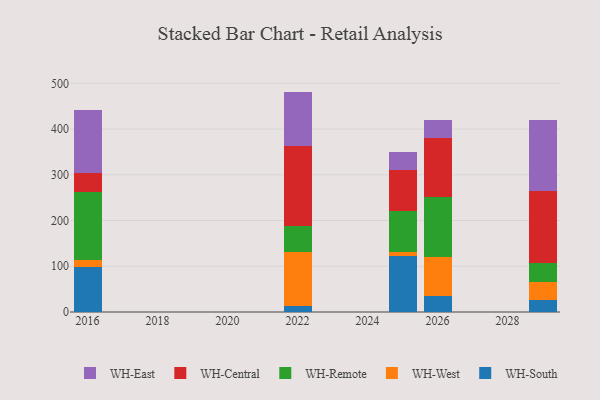
{"axis": {"x": "Year", "y": "Market Share (%)"}, "legend": ["WH-Central", "WH-East", "WH-Remote", "WH-South", "WH-West"], "data": [{"x": "2022", "y": 12.4, "type": "WH-South"}, {"x": "2022", "y": 117.9, "type": "WH-West"}, {"x": "2022", "y": 56.8, "type": "WH-Remote"}, {"x": "2022", "y": 176.0, "type": "WH-Central"}, {"x": "2022", "y": 118.8, "type": "WH-East"}, {"x": "2016", "y": 98.1, "type": "WH-South"}, {"x": "2016", "y": 16.0, "type": "WH-West"}, {"x": "2016", "y": 148.7, "type": "WH-Remote"}, {"x": "2016", "y": 40.9, "type": "WH-Central"}, {"x": "2016", "y": 138.3, "type": "WH-East"}, {"x": "2029", "y": 26.9, "type": "WH-South"}, {"x": "2029", "y": 39.4, "type": "WH-West"}, {"x": "2029", "y": 40.6, "type": "WH-Remote"}, {"x": "2029", "y": 158.6, "type": "WH-Central"}, {"x": "2029", "y": 154.6, "type": "WH-East"}, {"x": "2026", "y": 34.2, "type": "WH-South"}, {"x": "2026", "y": 86.3, "type": "WH-West"}, {"x": "2026", "y": 130.9, "type": "WH-Remote"}, {"x": "2026", "y": 128.8, "type": "WH-Central"}, {"x": "2026", "y": 39.5, "type": "WH-East"}, {"x": "2025", "y": 122.0, "type": "WH-South"}, {"x": "2025", "y": 8.4, "type": "WH-West"}, {"x": "2025", "y": 91.4, "type": "WH-Remote"}, {"x": "2025", "y": 88.8, "type": "WH-Central"}, {"x": "2025", "y": 39.5, "type": "WH-East"}]}